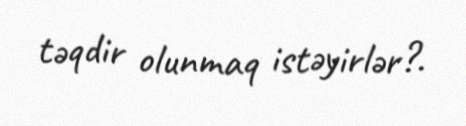
təqdir olunmaq istəyirlər?.